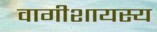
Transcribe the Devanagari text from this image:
वागीशायस्य